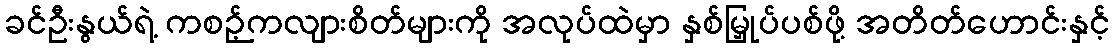
ခင်ဦးနွယ်ရဲ့ ကစဉ့်ကလျားစိတ်များကို အလုပ်ထဲမှာ နှစ်မြှုပ်ပစ်ဖို့ အတိတ်ဟောင်းနှင့်